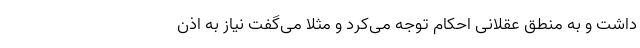
داشت و به منطق عقلانی احکام توجه می‌کرد و مثلا می‌گفت نیاز به اذن